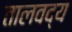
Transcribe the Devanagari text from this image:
तालवद्य